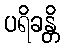
ပရိခန္တိ